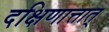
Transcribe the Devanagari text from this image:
दक्षिणात्तात्